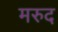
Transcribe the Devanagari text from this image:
मरुद